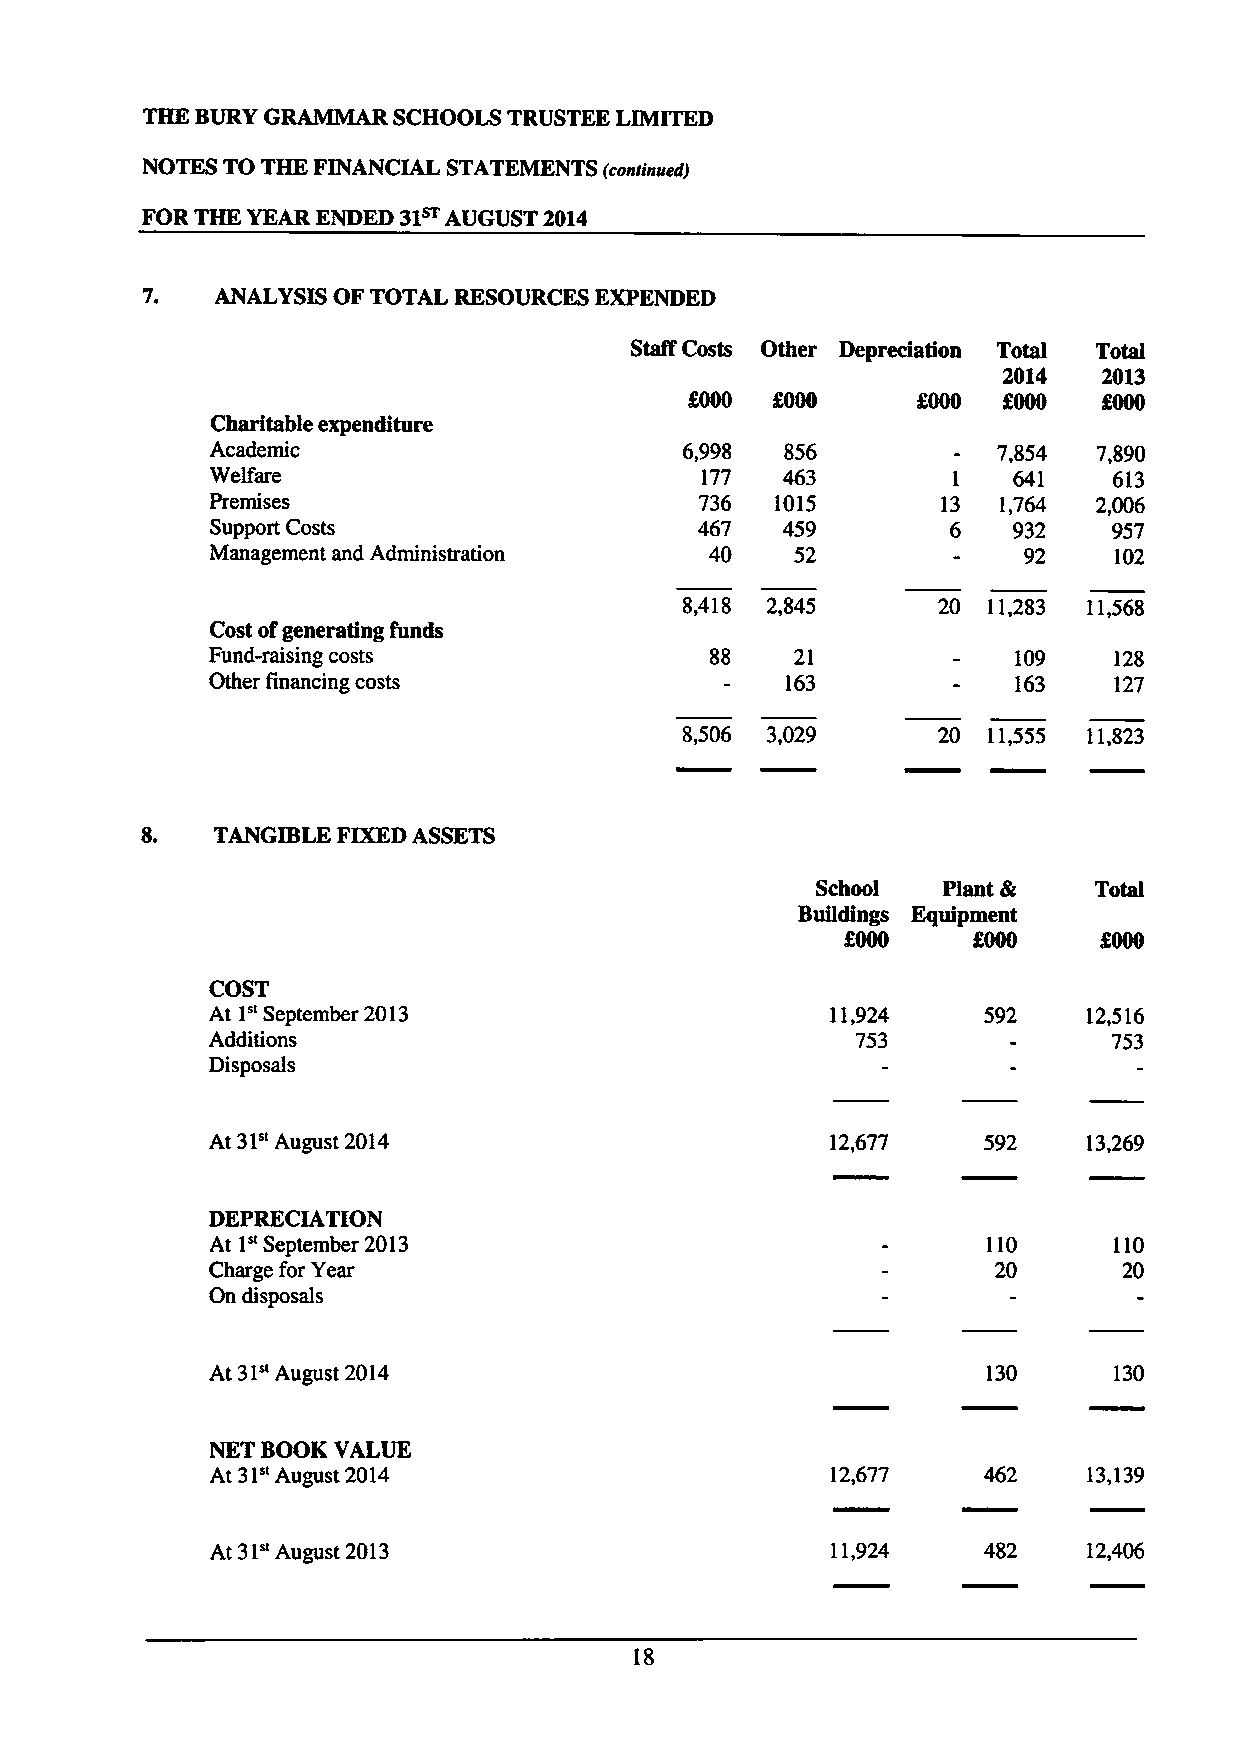
THE BURYGRAMMAR  SCHOOLS TRUSTEE LIMITED
 NOTES TO THE FINANCIAL STATEMENTS (continued)
 FOR THE YEAR ENDED 31~ AUGUST 2014
 ANALYSIS OF TOTAL RESOURCES EXPENDED
 Staff Costs Other Depreciation Total Total
 2014   2013
 f000   %000
 Charitable expenditure
 Academic                       6,998  856           7,854  7,890
 Welfare                         177   463        1   641    613
 Premises                        736  1015       13  1,764  2,006
 Support Costs                   467   459        6   932    957
 Management and Administration    40    52             92    102
 8,418 2,845      20 11,283 11,568
 Cost ofgenerating funds
 Fund-raising costs               88    21            109    128
 Other financing costs                 163            163    127
 8,506 3,029      20 11,555 11,823
 8.   TANGIBLE FIXEDASSETS
 School  Plant &   Total
 Buildings Equipment
 $000    f000
 COST
 At 1" September 2013                     11,924    592    12,516
 Additions                                  753              753
 Disposals
 At 31" August 2014                       12,677    592    13,269
 DEPRECIATION
 At 1nSeptember 2013                                110      110
 Charge for Year                                     20      20
 On disposals
 At 31" August 2014                                 130      130
 NET BOOK UALUE
 At 31" August 2014                       12,677           13,139
 At 31" August 2013                       11,924    482    12,406
 18